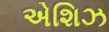
એશિઝ